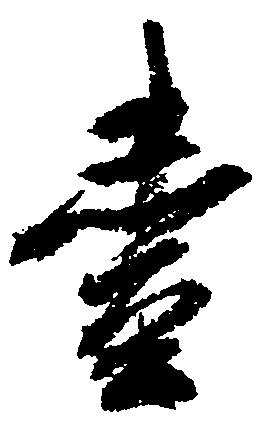
壱